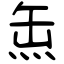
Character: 缹